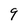
Character: 9